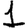
Digit: 1